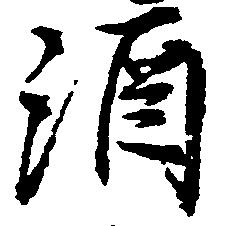
酒